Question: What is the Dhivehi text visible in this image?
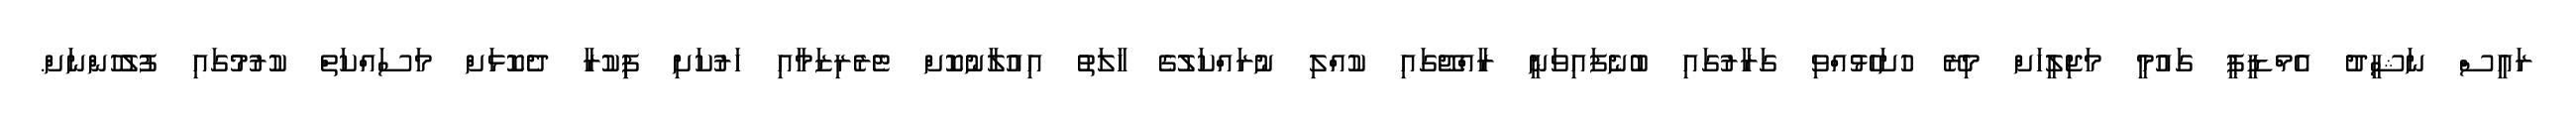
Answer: ރައީސް ނަޝީދު އެމްޑީޕީ ގައުމީ މަޖިލީހަށް މިރޭ ހުށަހެޅުއްވި ގަރާރުގައި ބުނެފައިވަނީ ރާއްޖޭގައި ކުއްލި ނުރައްކަލުގެ ހާލަތު އިއުލާނުކޮށް ޓެރެރިޒަމާއި ހަރުކަށި ފިިކުރާ ދެކޮޅަށް މަސައްކަތް ކުރުމުގައި ފުލުހުންނަށް.